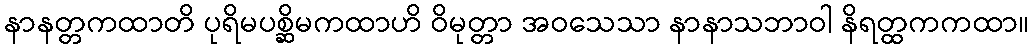
နာနတ္တကထာတိ ပုရိမပစ္ဆိမကထာဟိ ဝိမုတ္တာ အဝသေသာ နာနာသဘာဝါ နိရတ္ထကကထာ။